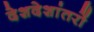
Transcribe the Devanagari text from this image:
देशदेशांतरों